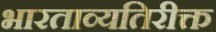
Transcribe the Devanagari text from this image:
भारताव्यतिरीक्त